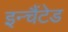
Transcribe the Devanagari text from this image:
इन्चैंटेड